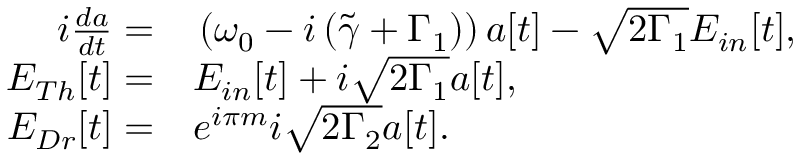
\begin{array} { r l } { i \frac { d a } { d t } = } & { { } \left( \omega _ { 0 } - i \left( \tilde { \gamma } + \Gamma _ { 1 } \right) \right) a [ t ] - \sqrt { 2 \Gamma _ { 1 } } E _ { i n } [ t ] , } \\ { E _ { T h } [ t ] = } & { { } E _ { i n } [ t ] + i \sqrt { 2 \Gamma _ { 1 } } a [ t ] , } \\ { E _ { D r } [ t ] = } & { { } e ^ { i \pi m } i \sqrt { 2 \Gamma _ { 2 } } a [ t ] . } \end{array}